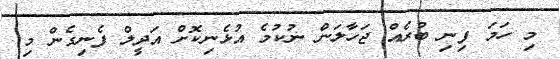
މި ހަމަ ފިނި ބުރެއް ޖަހާލަން ނުކުމެ އުޅެނިކޮށް އަދީލް ފެނިގެން މި